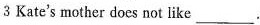
3 Kate's mother does not like ___.